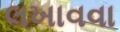
લખાવવા